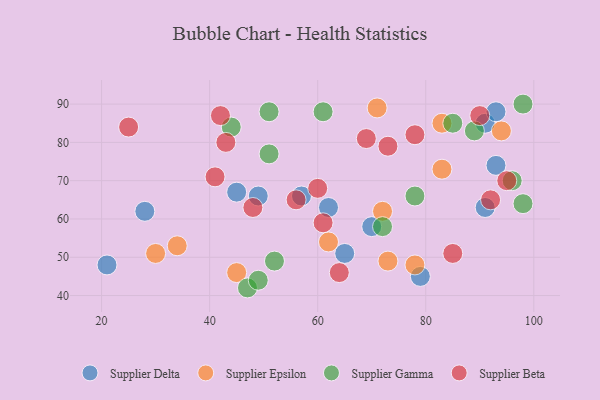
{"axis": {"x": "GDP", "y": "Life Expectancy"}, "legend": ["Supplier Beta", "Supplier Delta", "Supplier Epsilon", "Supplier Gamma"], "data": [{"x": "62", "y": 63, "type": "Supplier Delta"}, {"x": "21", "y": 48, "type": "Supplier Delta"}, {"x": "93", "y": 74, "type": "Supplier Delta"}, {"x": "91", "y": 85, "type": "Supplier Delta"}, {"x": "28", "y": 62, "type": "Supplier Delta"}, {"x": "45", "y": 67, "type": "Supplier Delta"}, {"x": "49", "y": 66, "type": "Supplier Delta"}, {"x": "79", "y": 45, "type": "Supplier Delta"}, {"x": "57", "y": 66, "type": "Supplier Delta"}, {"x": "70", "y": 58, "type": "Supplier Delta"}, {"x": "91", "y": 63, "type": "Supplier Delta"}, {"x": "65", "y": 51, "type": "Supplier Delta"}, {"x": "93", "y": 88, "type": "Supplier Delta"}, {"x": "62", "y": 54, "type": "Supplier Epsilon"}, {"x": "94", "y": 83, "type": "Supplier Epsilon"}, {"x": "34", "y": 53, "type": "Supplier Epsilon"}, {"x": "71", "y": 89, "type": "Supplier Epsilon"}, {"x": "83", "y": 73, "type": "Supplier Epsilon"}, {"x": "72", "y": 62, "type": "Supplier Epsilon"}, {"x": "78", "y": 48, "type": "Supplier Epsilon"}, {"x": "45", "y": 46, "type": "Supplier Epsilon"}, {"x": "73", "y": 49, "type": "Supplier Epsilon"}, {"x": "30", "y": 51, "type": "Supplier Epsilon"}, {"x": "83", "y": 85, "type": "Supplier Epsilon"}, {"x": "96", "y": 70, "type": "Supplier Gamma"}, {"x": "85", "y": 85, "type": "Supplier Gamma"}, {"x": "51", "y": 77, "type": "Supplier Gamma"}, {"x": "98", "y": 90, "type": "Supplier Gamma"}, {"x": "61", "y": 88, "type": "Supplier Gamma"}, {"x": "72", "y": 58, "type": "Supplier Gamma"}, {"x": "47", "y": 42, "type": "Supplier Gamma"}, {"x": "52", "y": 49, "type": "Supplier Gamma"}, {"x": "49", "y": 44, "type": "Supplier Gamma"}, {"x": "98", "y": 64, "type": "Supplier Gamma"}, {"x": "44", "y": 84, "type": "Supplier Gamma"}, {"x": "51", "y": 88, "type": "Supplier Gamma"}, {"x": "89", "y": 83, "type": "Supplier Gamma"}, {"x": "78", "y": 66, "type": "Supplier Gamma"}, {"x": "95", "y": 70, "type": "Supplier Beta"}, {"x": "43", "y": 80, "type": "Supplier Beta"}, {"x": "69", "y": 81, "type": "Supplier Beta"}, {"x": "64", "y": 46, "type": "Supplier Beta"}, {"x": "41", "y": 71, "type": "Supplier Beta"}, {"x": "73", "y": 79, "type": "Supplier Beta"}, {"x": "56", "y": 65, "type": "Supplier Beta"}, {"x": "48", "y": 63, "type": "Supplier Beta"}, {"x": "25", "y": 84, "type": "Supplier Beta"}, {"x": "61", "y": 59, "type": "Supplier Beta"}, {"x": "42", "y": 87, "type": "Supplier Beta"}, {"x": "90", "y": 87, "type": "Supplier Beta"}, {"x": "85", "y": 51, "type": "Supplier Beta"}, {"x": "78", "y": 82, "type": "Supplier Beta"}, {"x": "60", "y": 68, "type": "Supplier Beta"}, {"x": "92", "y": 65, "type": "Supplier Beta"}]}